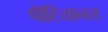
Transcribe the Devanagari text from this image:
पॉँटियानस